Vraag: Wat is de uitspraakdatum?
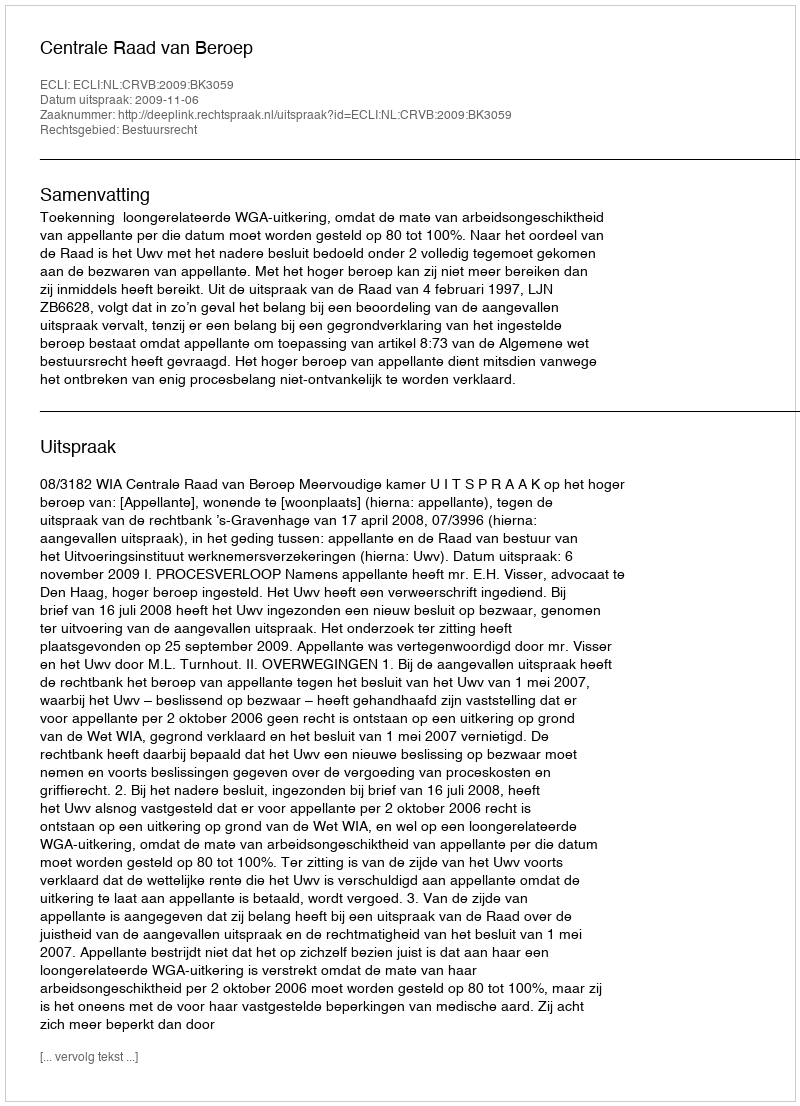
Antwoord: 2009-11-06